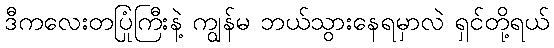
ဒီကလေးတပြုံကြီးနဲ့ ကျွန်မ ဘယ်သွားနေရမှာလဲ ရှင်တို့ရယ်